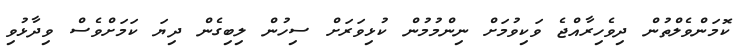
ކޮމަންވެލްތުން ދިވެހިރާއްޖެ ވަކިވުމަށް ނިންމުމުން ކުޅިވަރަށް ސިހުން ލިބިގެން ދިޔަ ކަމަށްވެސް ވިދާޅުވި